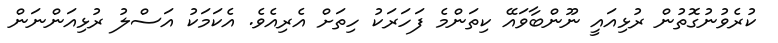
ކުރެވުނުގޮތުން ރުޅިއައީ ނޫންބާވައޭ ކިތަންމެ ފަހަރަކު ހިތަށް އެރިއެވެ. އެކަމަކު އަސްލު ރުޅިއަންނަން